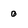
Character: 0